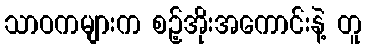
သာဝကများက စဉ့်အိုးအကောင်းနဲ့ တူ